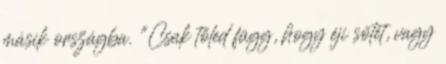
másik országba. "Csak tőled függ, hogy éji sötét, vagy